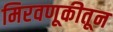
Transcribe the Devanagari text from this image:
मिरवणूकीतून